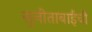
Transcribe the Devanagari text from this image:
सुनीताबाईंची